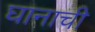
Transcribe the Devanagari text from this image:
घानाची